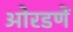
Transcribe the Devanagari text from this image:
ओरडणें